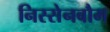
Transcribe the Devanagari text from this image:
निस्सेनबौम